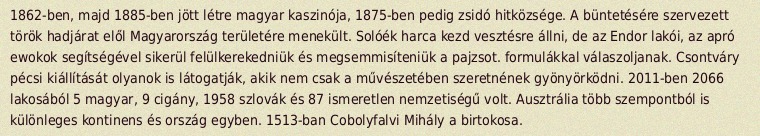
1862-ben, majd 1885-ben jött létre magyar kaszinója, 1875-ben pedig zsidó hitközsége. A büntetésére szervezett török hadjárat elől Magyarország területére menekült. Solóék harca kezd vesztésre állni, de az Endor lakói, az apró ewokok segítségével sikerül felülkerekedniük és megsemmisíteniük a pajzsot. formulákkal válaszoljanak. Csontváry pécsi kiállítását olyanok is látogatják, akik nem csak a művészetében szeretnének gyönyörködni. 2011-ben 2066 lakosából 5 magyar, 9 cigány, 1958 szlovák és 87 ismeretlen nemzetiségű volt. Ausztrália több szempontból is különleges kontinens és ország egyben. 1513-ban Cobolyfalvi Mihály a birtokosa.